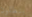
بنطلون